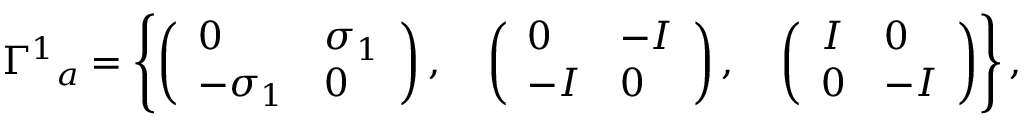
{ \Gamma ^ { 1 } } _ { a } = \left\{ \left( \begin{array} { l l } { { 0 } } & { { \sigma _ { 1 } } } \\ { { - \sigma _ { 1 } } } & { { 0 } } \end{array} \right) , \quad \left( \begin{array} { l l } { { 0 } } & { { - I } } \\ { { - I } } & { { 0 } } \end{array} \right) , \quad \left( \begin{array} { l l } { { I } } & { { 0 } } \\ { { 0 } } & { { - I } } \end{array} \right) \right\} ,